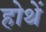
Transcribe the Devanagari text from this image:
होथें